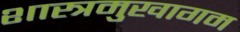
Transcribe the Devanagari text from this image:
शास्त्रमुखागम